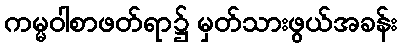
ကမ္မဝါစာဖတ်ရာ၌ မှတ်သားဖွယ်အခန်း